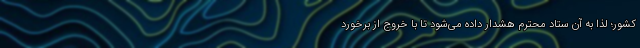
کشور؛ لذا به آن ستاد محترم هشدار داده می‌‌شود تا با خروج از برخورد